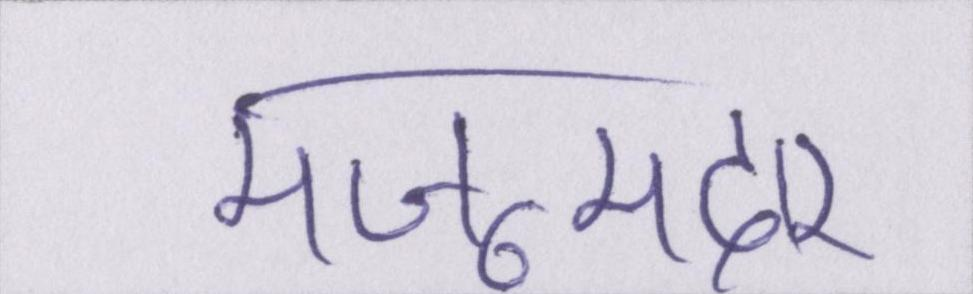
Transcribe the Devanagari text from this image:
मजूमदार